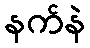
နက်နဲ